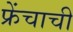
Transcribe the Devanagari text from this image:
फ्रेंचाची